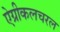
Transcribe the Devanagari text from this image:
ऐग्रीकलचरल